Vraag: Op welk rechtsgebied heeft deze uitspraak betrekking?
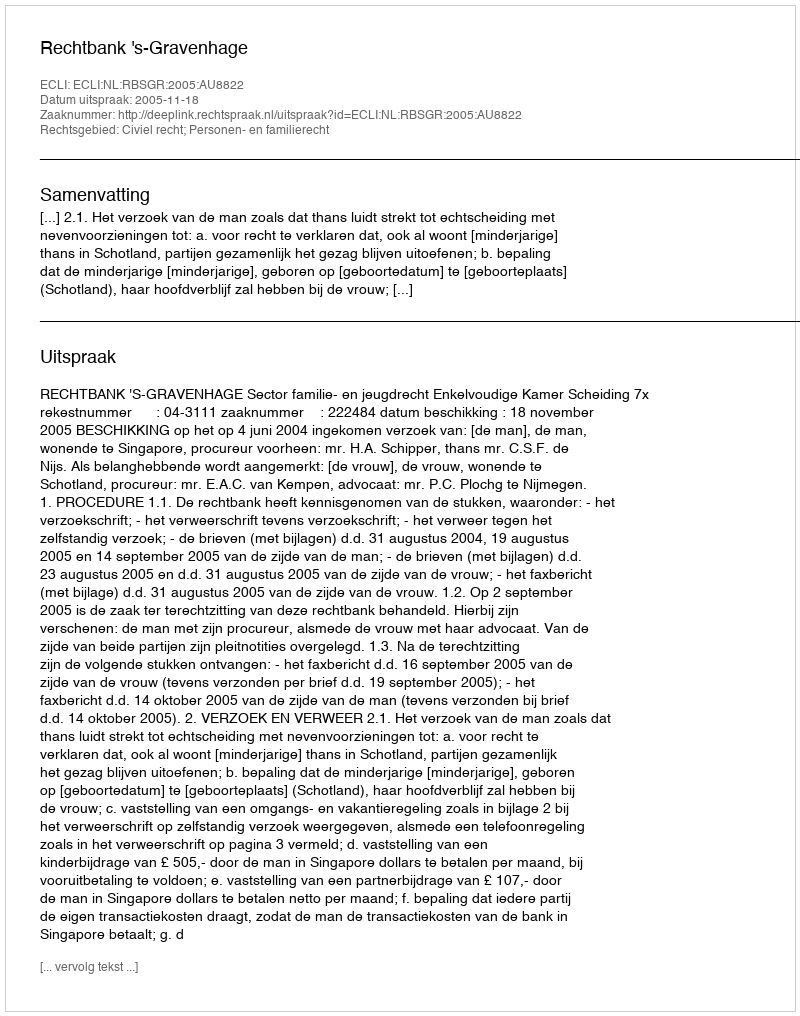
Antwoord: Civiel recht; Personen- en familierecht